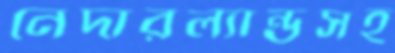
নেদারল্যান্ডসহ